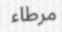
مرطاء